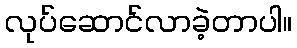
လုပ်ဆောင်လာခဲ့တာပါ။